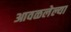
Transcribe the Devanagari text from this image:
आवळलेल्या